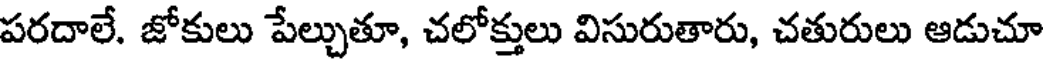
పరదాలే. జోకులు పేల్చుతూ, చలోక్తులు విసురుతారు, చతురులు ఆడుచూ